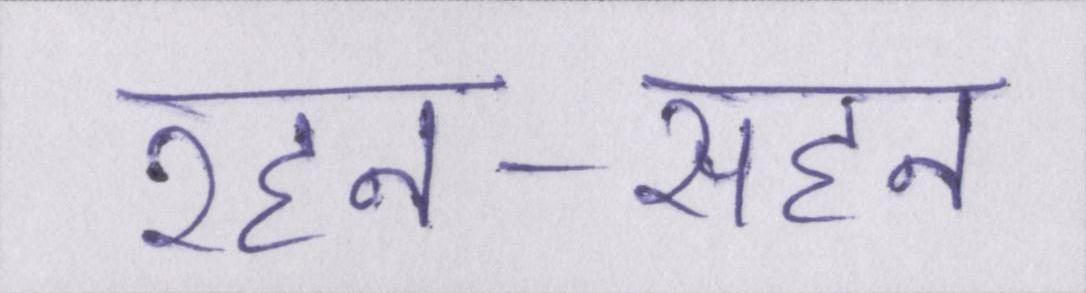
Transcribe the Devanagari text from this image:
रहन-सहन